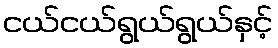
ငယ်ငယ်ရွယ်ရွယ်နှင့်